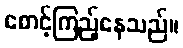
စောင့်ကြည့်နေသည်။